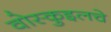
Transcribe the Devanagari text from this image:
वोस्कुइलचे